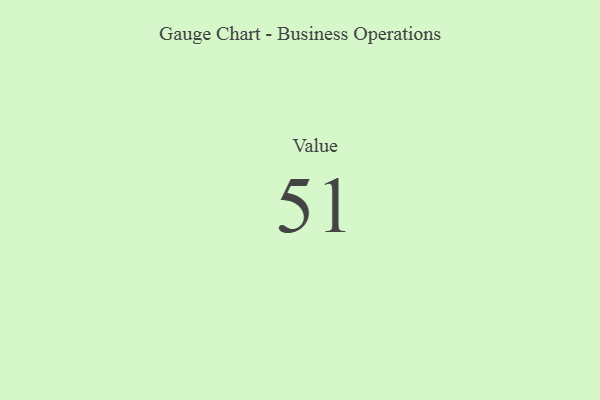
{"axis": {"x": "Metric", "y": "Value"}, "legend": [""], "data": [{"x": "Value", "y": 51, "type": ""}]}